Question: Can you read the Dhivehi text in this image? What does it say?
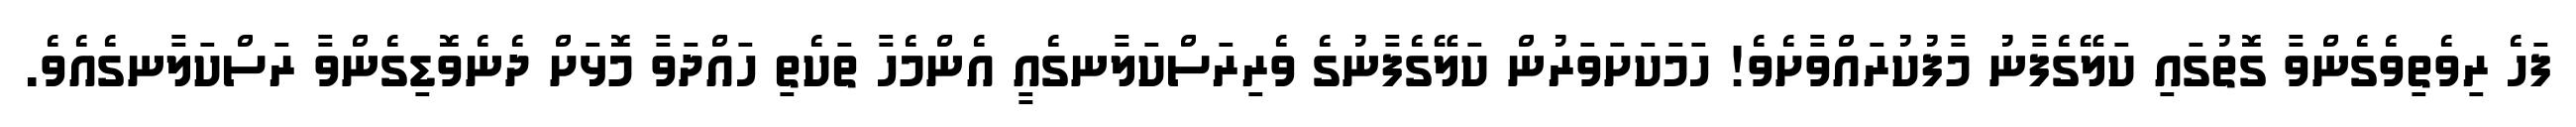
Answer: ފަހެ ރިވެތިވެގެންވާ ގޮތުގައި ކަލޭގެފާނު މާފުކުރައްވާށެވެ! ހަމަކަށަވަރުން ކަލޭގެފާނުގެ ވެރިރަސްކަލާނގެއީ އެންމެހާ ތަކެތި ހައްދަވާ މޮޅަށް ދެނެވޮޑިގެންވާ ރަސްކަލާނގެއެވެ.